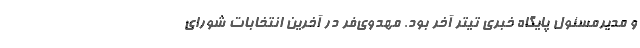
و مدیرمسئول پایگاه خبری تیتر آخر بود. مهدوی‌فر در آخرین انتخابات شورای